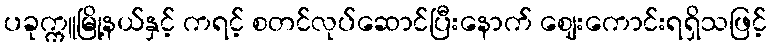
ပခုက္ကူမြို့နယ်နှင့် ကရင့် စတင်လုပ်ဆောင်ပြီးနောက် ဈေးကောင်းရရှိသဖြင့်